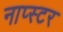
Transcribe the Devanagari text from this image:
नाप्स्टर